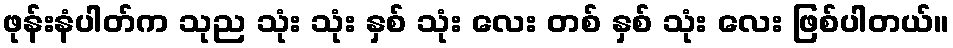
ဖုန်းနံပါတ်က သုည သုံး သုံး နှစ် သုံး လေး တစ် နှစ် သုံး လေး ဖြစ်ပါတယ်။